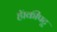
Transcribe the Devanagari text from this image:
हॅाकीपटू